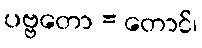
ပဗ္ဗတော = တောင်၊